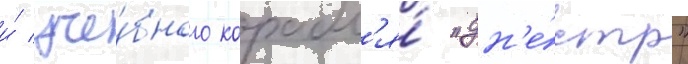
и́ уче́бного корабл'я́ "дн'е́стр"